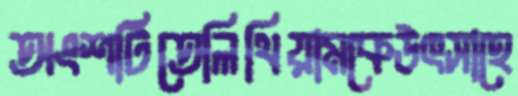
অংশটিতেলিথিয়ামকেউৎসাহে